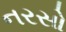
નરસો